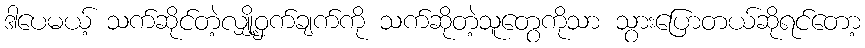
ဒါပေမယ့် သက်ဆိုင်တဲ့လျှို့ဝှက်ချက်ကို သက်ဆိုတဲ့သူတွေကိုသာ သွားပြောတယ်ဆိုရင်တော့